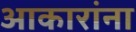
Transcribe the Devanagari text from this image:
आकारांना